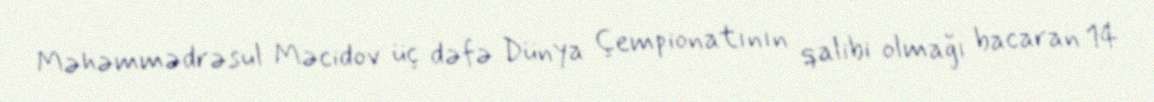
Məhəmmədrəsul Məcidov üç dəfə Dünya Çempionatının qalibi olmağı bacaran 14